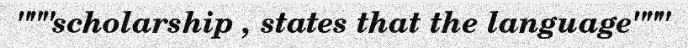
"""scholarship , states that the language"""